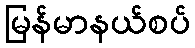
မြန်မာနယ်စပ်